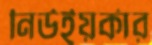
নিউইয়র্কার